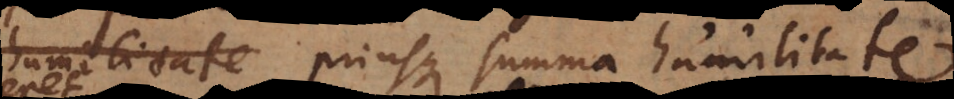
ederet, priusque summa humilitate